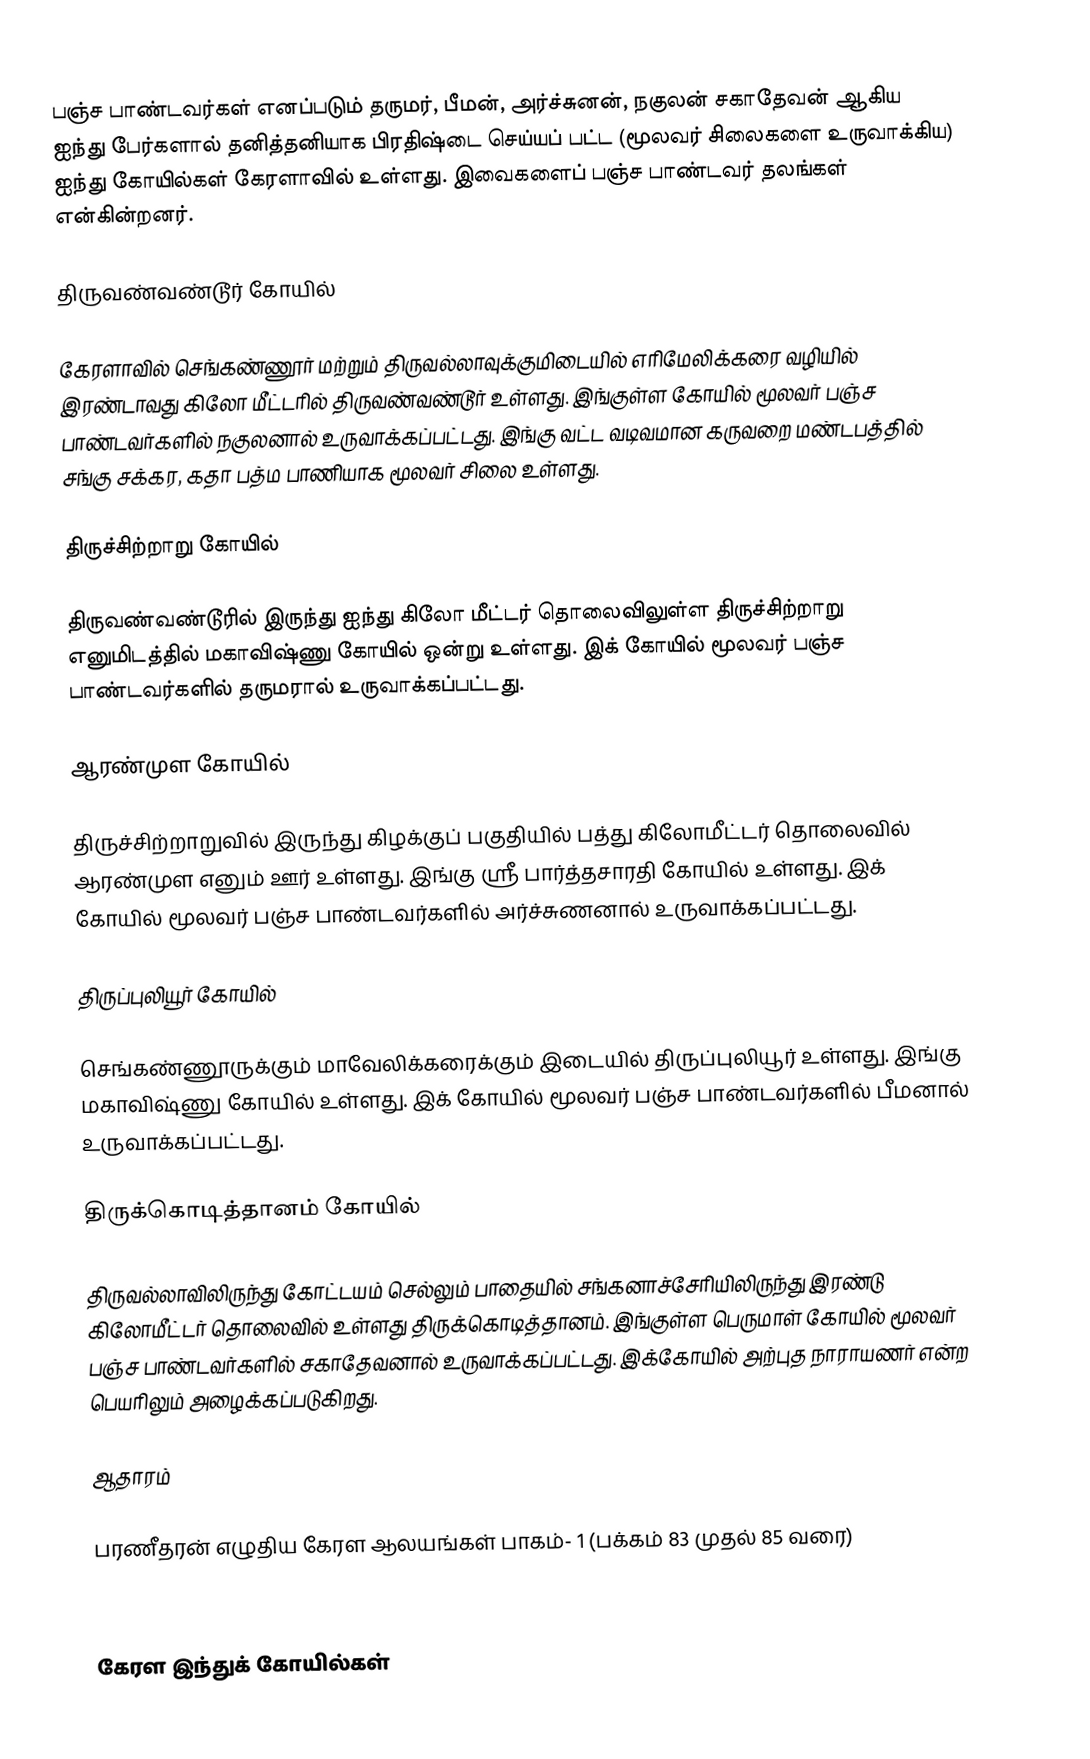
பஞ்ச பாண்டவர்கள் எனப்படும் தருமர், பீமன், அர்ச்சுனன், நகுலன் சகாதேவன் ஆகிய ஐந்து பேர்களால் தனித்தனியாக பிரதிஷ்டை செய்யப் பட்ட (மூலவர் சிலைகளை உருவாக்கிய) ஐந்து கோயில்கள் கேரளாவில் உள்ளது. இவைகளைப் பஞ்ச பாண்டவர் தலங்கள் என்கின்றனர்.

திருவண்வண்டூர் கோயில்

கேரளாவில் செங்கண்ணூர் மற்றும் திருவல்லாவுக்குமிடையில் எரிமேலிக்கரை வழியில் இரண்டாவது கிலோ மீட்டரில் திருவண்வண்டூர் உள்ளது. இங்குள்ள கோயில் மூலவர் பஞ்ச பாண்டவர்களில் நகுலனால் உருவாக்கப்பட்டது. இங்கு வட்ட வடிவமான கருவறை மண்டபத்தில் சங்கு சக்கர, கதா பத்ம பாணியாக மூலவர் சிலை உள்ளது.

திருச்சிற்றாறு கோயில்

திருவண்வண்டூரில் இருந்து ஐந்து கிலோ மீட்டர் தொலைவிலுள்ள திருச்சிற்றாறு எனுமிடத்தில் மகாவிஷ்ணு கோயில் ஒன்று உள்ளது. இக் கோயில் மூலவர் பஞ்ச பாண்டவர்களில் தருமரால் உருவாக்கப்பட்டது.

ஆரண்முள கோயில்

திருச்சிற்றாறுவில் இருந்து கிழக்குப் பகுதியில் பத்து கிலோமீட்டர் தொலைவில் ஆரண்முள எனும் ஊர் உள்ளது. இங்கு ஸ்ரீ பார்த்தசாரதி கோயில் உள்ளது. இக் கோயில் மூலவர் பஞ்ச பாண்டவர்களில் அர்ச்சுணனால் உருவாக்கப்பட்டது.

திருப்புலியூர் கோயில்

செங்கண்ணூருக்கும் மாவேலிக்கரைக்கும் இடையில் திருப்புலியூர் உள்ளது. இங்கு மகாவிஷ்ணு கோயில் உள்ளது. இக் கோயில் மூலவர் பஞ்ச பாண்டவர்களில் பீமனால் உருவாக்கப்பட்டது.

திருக்கொடித்தானம் கோயில்

திருவல்லாவிலிருந்து கோட்டயம் செல்லும் பாதையில் சங்கனாச்சேரியிலிருந்து இரண்டு கிலோமீட்டர் தொலைவில் உள்ளது திருக்கொடித்தானம். இங்குள்ள பெருமாள் கோயில் மூலவர் பஞ்ச பாண்டவர்களில் சகாதேவனால் உருவாக்கப்பட்டது. இக்கோயில் அற்புத நாராயணர் என்ற பெயரிலும் அழைக்கப்படுகிறது.

ஆதாரம்

 பரணீதரன் எழுதிய கேரள ஆலயங்கள் பாகம்- 1 (பக்கம் 83 முதல் 85 வரை)

 கேரள இந்துக் கோயில்கள்